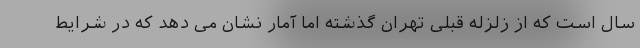
سال است که از زلزله قبلی تهران گذشته اما آمار نشان می دهد که در شرایط